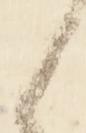
候